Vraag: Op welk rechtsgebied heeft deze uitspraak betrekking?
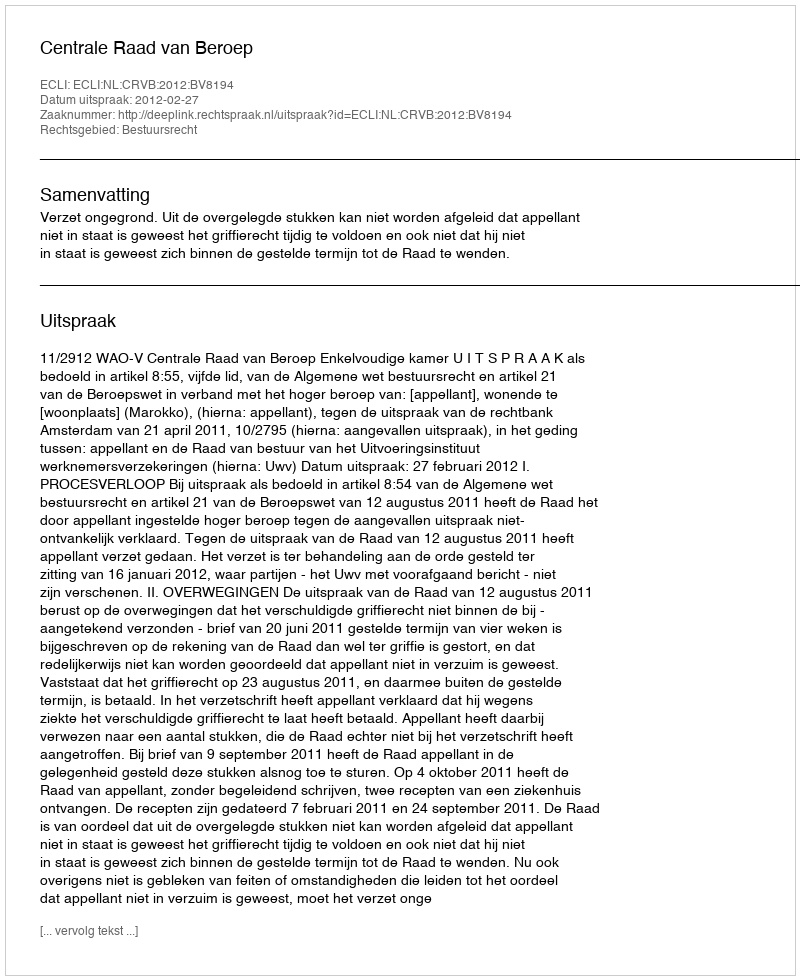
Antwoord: Bestuursrecht